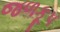
જળકૂપ